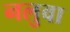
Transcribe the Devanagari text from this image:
नलुवा